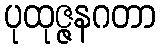
ပုထုဇ္ဇနဂတာ